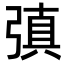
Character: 㣀